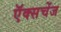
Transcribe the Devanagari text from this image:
ऍक्सचेंज